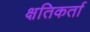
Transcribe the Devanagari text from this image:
क्षतिकर्ता